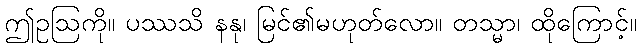
ဤဥဩကို။ ပဿသိ နနု၊ မြင်၏မဟုတ်လော။ တသ္မာ၊ ထိုကြောင့်။